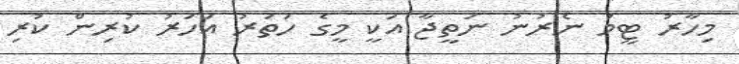
މިހާރު ޓީމު ނެރުނު ނަތީޖާ އަކީ މީގެ ހަތަރު އަހަރު ކުރިން ކުރި